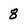
Character: 8